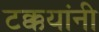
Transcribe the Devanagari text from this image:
टक्कयांनी